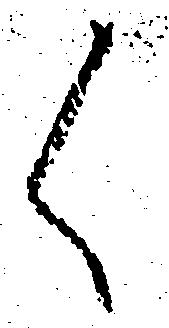
く